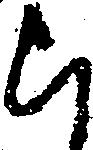
ら